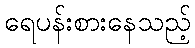
ရေပန်းစားနေသည့်